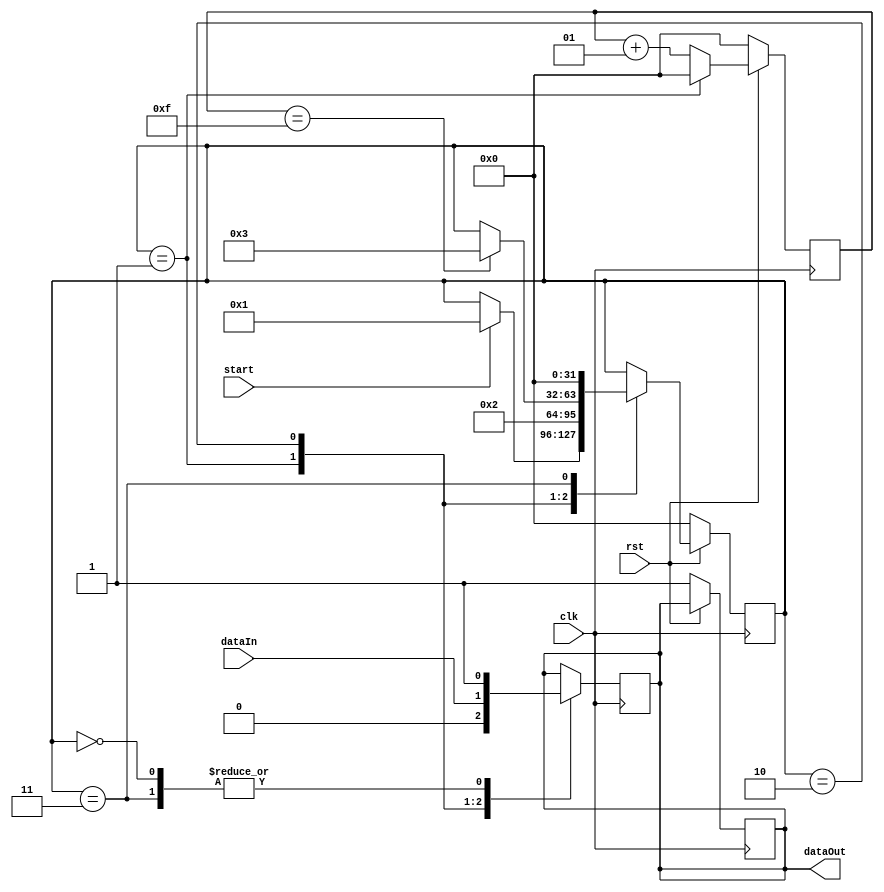
/*
  Name : Rakotojaona Nambinina
  email : Andrianoelisoa.Rakotojaona@gmail.com
  Description : Transmitter state machine uart
*/

module transmitter(
                    clk,
                    rst,
                    start,
                    dataIn,
                    dataOut

    );
    
    input clk;
    input rst;
    input start;
    input dataIn;
    output reg dataOut;
    
    integer counter;
    
    integer state ;
    
    always @ (posedge clk)
      begin
        if (!rst)
          begin
            dataOut <= 1;
            state <= 0;
            counter <= 0;
          end 
        else 
          begin
            counter <= counter +1;
            case (state)
              0:
                begin
                  if (start)
                    begin
                      state <=1;
                    end 
                end 
              1:
                begin
                  state <=2;
                  counter <=0;
                end 
              2:
                begin
                  if (counter ==32'd15)
                    begin
                      state <=3;
                    end       
                end 
              3:
                begin
                  state <= 0;
                end 
            endcase
          end 
      end 
    
    always @ (negedge clk)
      begin
        case (state)
          0:
            begin
              dataOut <=1;;
            end 
          1:
            begin
              dataOut <=0;
            end
          2:
            begin
              dataOut <= dataIn;
            end 
          3:
            begin
              dataOut <=1;
            end 
        endcase
      end 
      
endmodule